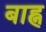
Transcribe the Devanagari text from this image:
बाह्न